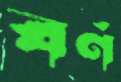
বর্ণ